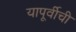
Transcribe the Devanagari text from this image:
यापूर्वीची